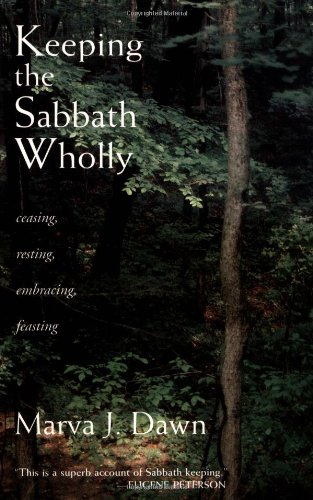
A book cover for Keeping the Sabbath Wholly: Ceasing, Resting, Embracing, Feasting; Marva J. Dawn; Christian Books & Bibles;